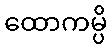
ထောကမ္ပိ